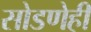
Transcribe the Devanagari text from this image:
सोडणेही